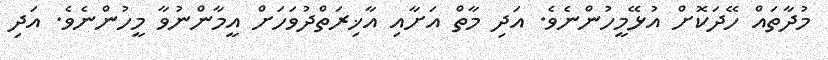
މުދާތައް ހޭދަކޮށް އުޅޭމީހުންނެވެ. އަދި މާތް އަށާއި އާޚިރަތްދުވަހަށް އީމާންނުވާ މީހުންނެވެ. އަދި